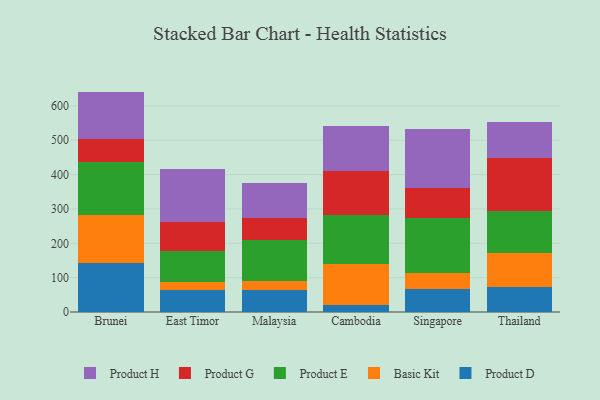
{"axis": {"x": "Country", "y": "Demand Index"}, "legend": ["Basic Kit", "Product D", "Product E", "Product G", "Product H"], "data": [{"x": "Brunei", "y": 142.5, "type": "Product D"}, {"x": "Brunei", "y": 139.5, "type": "Basic Kit"}, {"x": "Brunei", "y": 156.0, "type": "Product E"}, {"x": "Brunei", "y": 64.7, "type": "Product G"}, {"x": "Brunei", "y": 139.0, "type": "Product H"}, {"x": "East Timor", "y": 64.9, "type": "Product D"}, {"x": "East Timor", "y": 22.8, "type": "Basic Kit"}, {"x": "East Timor", "y": 89.3, "type": "Product E"}, {"x": "East Timor", "y": 84.5, "type": "Product G"}, {"x": "East Timor", "y": 155.1, "type": "Product H"}, {"x": "Malaysia", "y": 63.9, "type": "Product D"}, {"x": "Malaysia", "y": 25.5, "type": "Basic Kit"}, {"x": "Malaysia", "y": 119.2, "type": "Product E"}, {"x": "Malaysia", "y": 64.6, "type": "Product G"}, {"x": "Malaysia", "y": 103.7, "type": "Product H"}, {"x": "Cambodia", "y": 20.6, "type": "Product D"}, {"x": "Cambodia", "y": 118.4, "type": "Basic Kit"}, {"x": "Cambodia", "y": 143.1, "type": "Product E"}, {"x": "Cambodia", "y": 127.3, "type": "Product G"}, {"x": "Cambodia", "y": 131.3, "type": "Product H"}, {"x": "Singapore", "y": 67.4, "type": "Product D"}, {"x": "Singapore", "y": 45.0, "type": "Basic Kit"}, {"x": "Singapore", "y": 162.5, "type": "Product E"}, {"x": "Singapore", "y": 87.3, "type": "Product G"}, {"x": "Singapore", "y": 171.3, "type": "Product H"}, {"x": "Thailand", "y": 73.7, "type": "Product D"}, {"x": "Thailand", "y": 97.8, "type": "Basic Kit"}, {"x": "Thailand", "y": 123.3, "type": "Product E"}, {"x": "Thailand", "y": 153.6, "type": "Product G"}, {"x": "Thailand", "y": 104.0, "type": "Product H"}]}